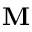
\mathbf { M }